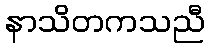
နာသိတကသညီ